system: You are a helpful assistant.
user:
Analyze the provided spectrum to determine if it is a **"Cataclysmic Variables (CV)"**.

- **Key Indicators for CV (Check for either state):**
    - **State 1: Quiescent / Low-State (Emission-Dominated)**
        - **(Primary):** Strong and *very broad* Hydrogen Balmer emission lines (e.g., $H\alpha$ at 6563 Å, $H\beta$ at 4861 Å). The 'broadness' (high velocity dispersion, often FWHM > 1000 km/s) is the key diagnostic, indicating a high-velocity accretion disk.
        - **(Secondary):** Broad neutral Helium (He I) emission lines (e.g., 5876 Å, 6678 Å).
        - **(Key Confirmation):** Presence of high-excitation *ionized* Helium (He II) emission at 4686 Å. This is a strong indicator of accretion onto a white dwarf.
        - **(Line Profile):** Emission lines may exhibit a 'double-peaked' profile, which is a classic signature of a rotating accretion disk viewed at high inclination.

    - **State 2: Outburst / High-State (Absorption-Dominated)**
        - **(Primary):** Spectrum is dominated by a bright, blue continuum (looks like a hot star).
        - **(Secondary):** The emission lines from State 1 are weak, absent, or 'filled in', and are replaced by broad, shallow *absorption* lines (primarily Balmer and He I).
        - **(Morphology):** The overall spectrum mimics a hot B/A-type star. The crucial difference is that the absorption lines are significantly broader, shallower, and more 'washed-out' (or 'smeared') than the sharp lines of a normal stellar photosphere, due to high rotational speeds and pressure broadening in the disk.

Think first, call **spectral_visualization_tool** if needed to examine features in detail, then provide your final answer. Your response must adhere to the following strict rules:
1.  **Overall Structure:** Your response must follow the format `<think>...</think> <tool_call>...</tool_call> (if a tool is used) <answer>...</answer>`.
2.  **Tool Usage Constraint:** You may only make **one** tool call per turn.
3.  **Final Answer Format:** In the `<answer>` tag, your conclusion must be inside a `\boxed{}` command (e.g., `\boxed{YES}`), followed by your justification.

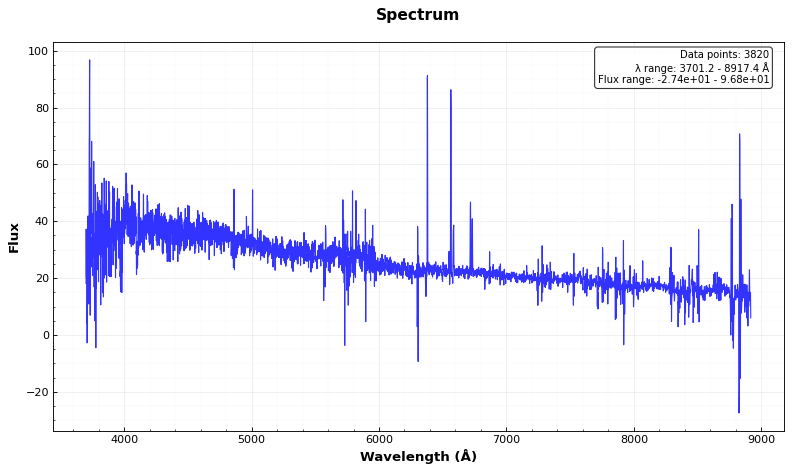
Answer: NO